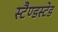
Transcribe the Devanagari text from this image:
स्टैण्डस्टेड